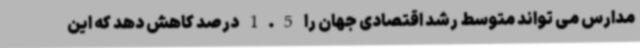
مدارس می تواند متوسط رشد اقتصادی جهان را 1.5 درصد کاهش دهد که این